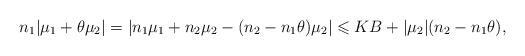
LaTeX: \begin{align*} n_1|\mu_1+\theta \mu_2|=|n_1\mu_1+n_2\mu_2-(n_2-n_1\theta)\mu_2|\leqslant KB+|\mu_2|(n_2-n_1\theta),\end{align*}